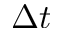
\Delta t